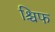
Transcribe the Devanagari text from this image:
श्चिफ